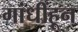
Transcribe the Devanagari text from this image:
गांधींहून